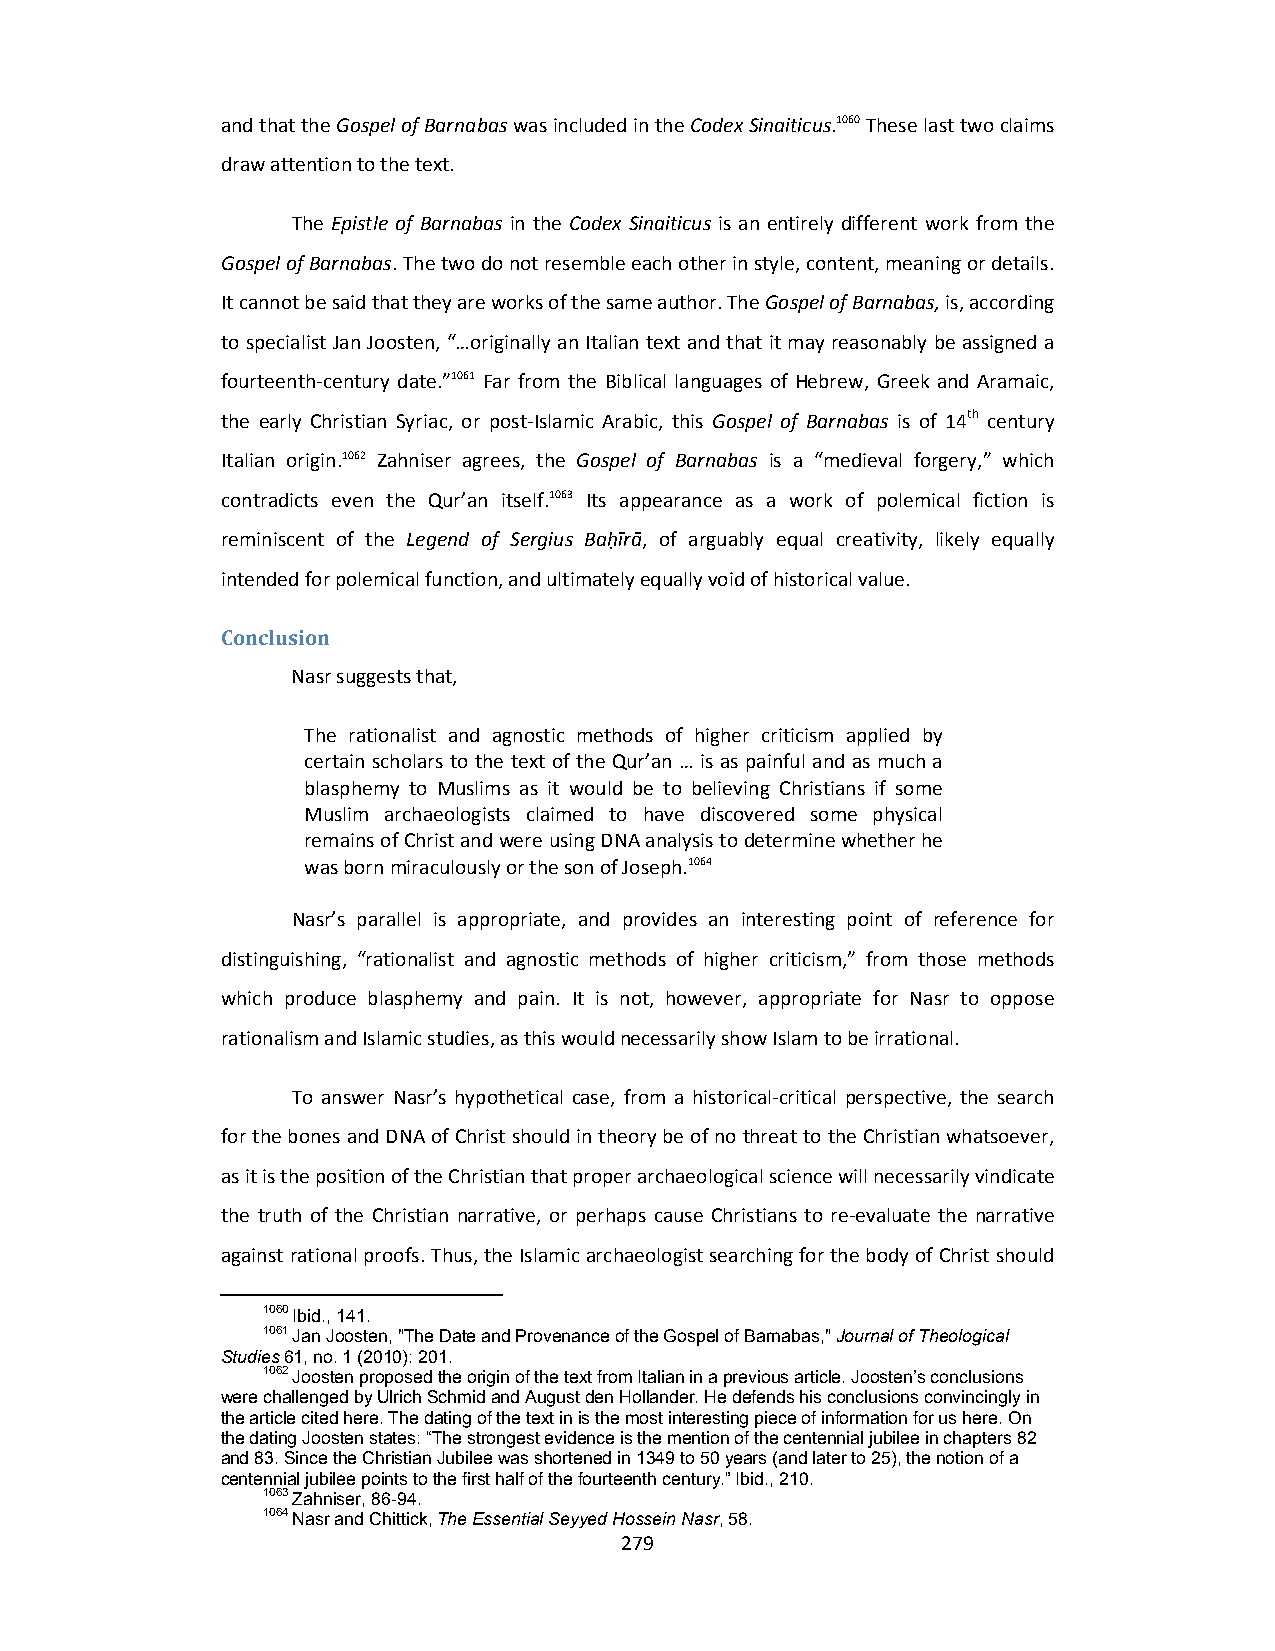
and that the Gospel of Barnabas was included in the Codex Sinaiticus.1060 These last two claims
 draw attention to the text.
 The Epistle of Barnabas in the Codex Sinaiticus is an entirely different work from the
 Gospel of Barnabas. The two do not resemble each other in style, content, meaning or details.
 It cannot be said that they are works of the same author. The Gospel of Barnabas, is, according
 to specialist Jan Joosten, “…originally an Italian text and that it may reasonably be assigned a
 fourteenth‐century date.”1061 Far from the Biblical languages of Hebrew, Greek and Aramaic,
 the early Christian Syriac, or post‐Islamic Arabic, this Gospel of Barnabas is of 14th century
 Italian origin.1062 Zahniser agrees, the Gospel of Barnabas is a “medieval forgery,” which
 contradicts even the Qur’an itself.1063 Its appearance as a work of polemical fiction is
 reminiscent of the Legend of Sergius Baḥīrā, of arguably equal creativity, likely equally
 intended for polemical function, and ultimately equally void of historical value.
 Conclusion
 Nasr suggests that,
 The rationalist and agnostic methods of higher criticism applied by
 certain scholars to the text of the Qur’an … is as painful and as much a
 blasphemy to Muslims as it would be to believing Christians if some
 Muslim archaeologists claimed to have discovered some physical
 remains of Christ and were using DNA analysis to determine whether he
 was born miraculously or the son of Joseph.1064
 Nasr’s parallel is appropriate, and provides an interesting point of reference for
 distinguishing, “rationalist and agnostic methods of higher criticism,” from those methods
 which produce blasphemy and pain. It is not, however, appropriate for Nasr to oppose
 rationalism and Islamic studies, as this would necessarily show Islam to be irrational.
 To answer Nasr’s hypothetical case, from a historical‐critical perspective, the search
 for the bones and DNA of Christ should in theory be of no threat to the Christian whatsoever,
 as it is the position of the Christian that proper archaeological science will necessarily vindicate
 the truth of the Christian narrative, or perhaps cause Christians to re‐evaluate the narrative
 against rational proofs. Thus, the Islamic archaeologist searching for the body of Christ should
 1060 Ibid., 141.
 1061 Jan Joosten, "The Date and Provenance of the Gospel of Barnabas," Journal of Theological
 Studies 61, no. 1 (2010): 201.
 1062 Joosten proposed the origin of the text from Italian in a previous article. Joosten’s conclusions
 were challenged by Ulrich Schmid and August den Hollander. He defends his conclusions convincingly in
 the article cited here. The dating of the text in is the most interesting piece of information for us here. On
 the dating Joosten states: “The strongest evidence is the mention of the centennial jubilee in chapters 82
 and 83. Since the Christian Jubilee was shortened in 1349 to 50 years (and later to 25), the notion of a
 centennial jubilee points to the first half of the fourteenth century.” Ibid., 210.
 1063 Zahniser, 86-94.
 1064 Nasr and Chittick, The Essential Seyyed Hossein Nasr, 58.
 279